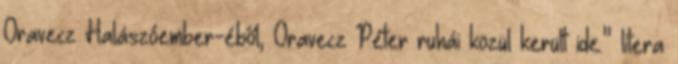
Oravecz Halászóember-éből, Oravecz Péter ruhái közül került ide." litera